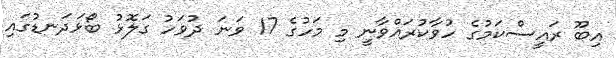
އިބޫ ރައީސްކަމުގެ ހުވާކުރައްވާނީ މި މަހުގެ 17 ވަނަ ދުވަހު ގަލޮޅު ބޯޅަދަނޑުގައި